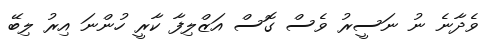
ވެދާނެ ނު ނަސީރު ވެސް ގޮސް އަޒްލިފާ ކާރީ ހުންނަ އިރު ލިބޭ